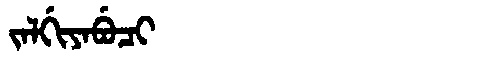
Manchu: ᠵᠠᠯᡤᡳᠶᠠᠪᡠᠴᡳ
Romanization: JALGIYABUCI